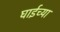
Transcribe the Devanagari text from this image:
घाईच्या